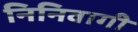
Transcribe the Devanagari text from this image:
निनिवागी